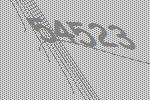
54523